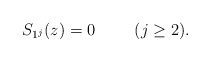
\begin{align*}S_{1^j}(z)=0 \hspace{10mm} (j \geq 2). \end{align*}